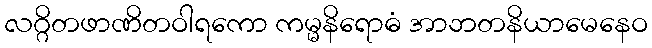
လဂ္ဂိတဖာဏိတဝါရကော ကမ္မနိရောဓံ အာဘတနိယာမေနေဝ